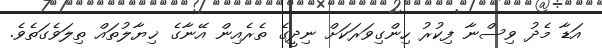
އަޑާ މެދު ވިސްނާ ފިކުރު ހިންގިވަރަކަށް ނިދީގެ ތެރެއިން އޭނާގެ ޚިޔާލުތައް ތިލަވެގަތެވެ.